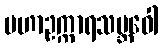
မဟာဥက္ကာရသမ္ဘဝေါ